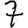
Digit: 7